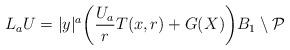
LaTeX: \begin{align*}L_a U = |y|^a\bigg(\frac{U_a}{r} T(x,r) + G(X)\bigg) B_1 \setminus \mathcal{P}\end{align*}